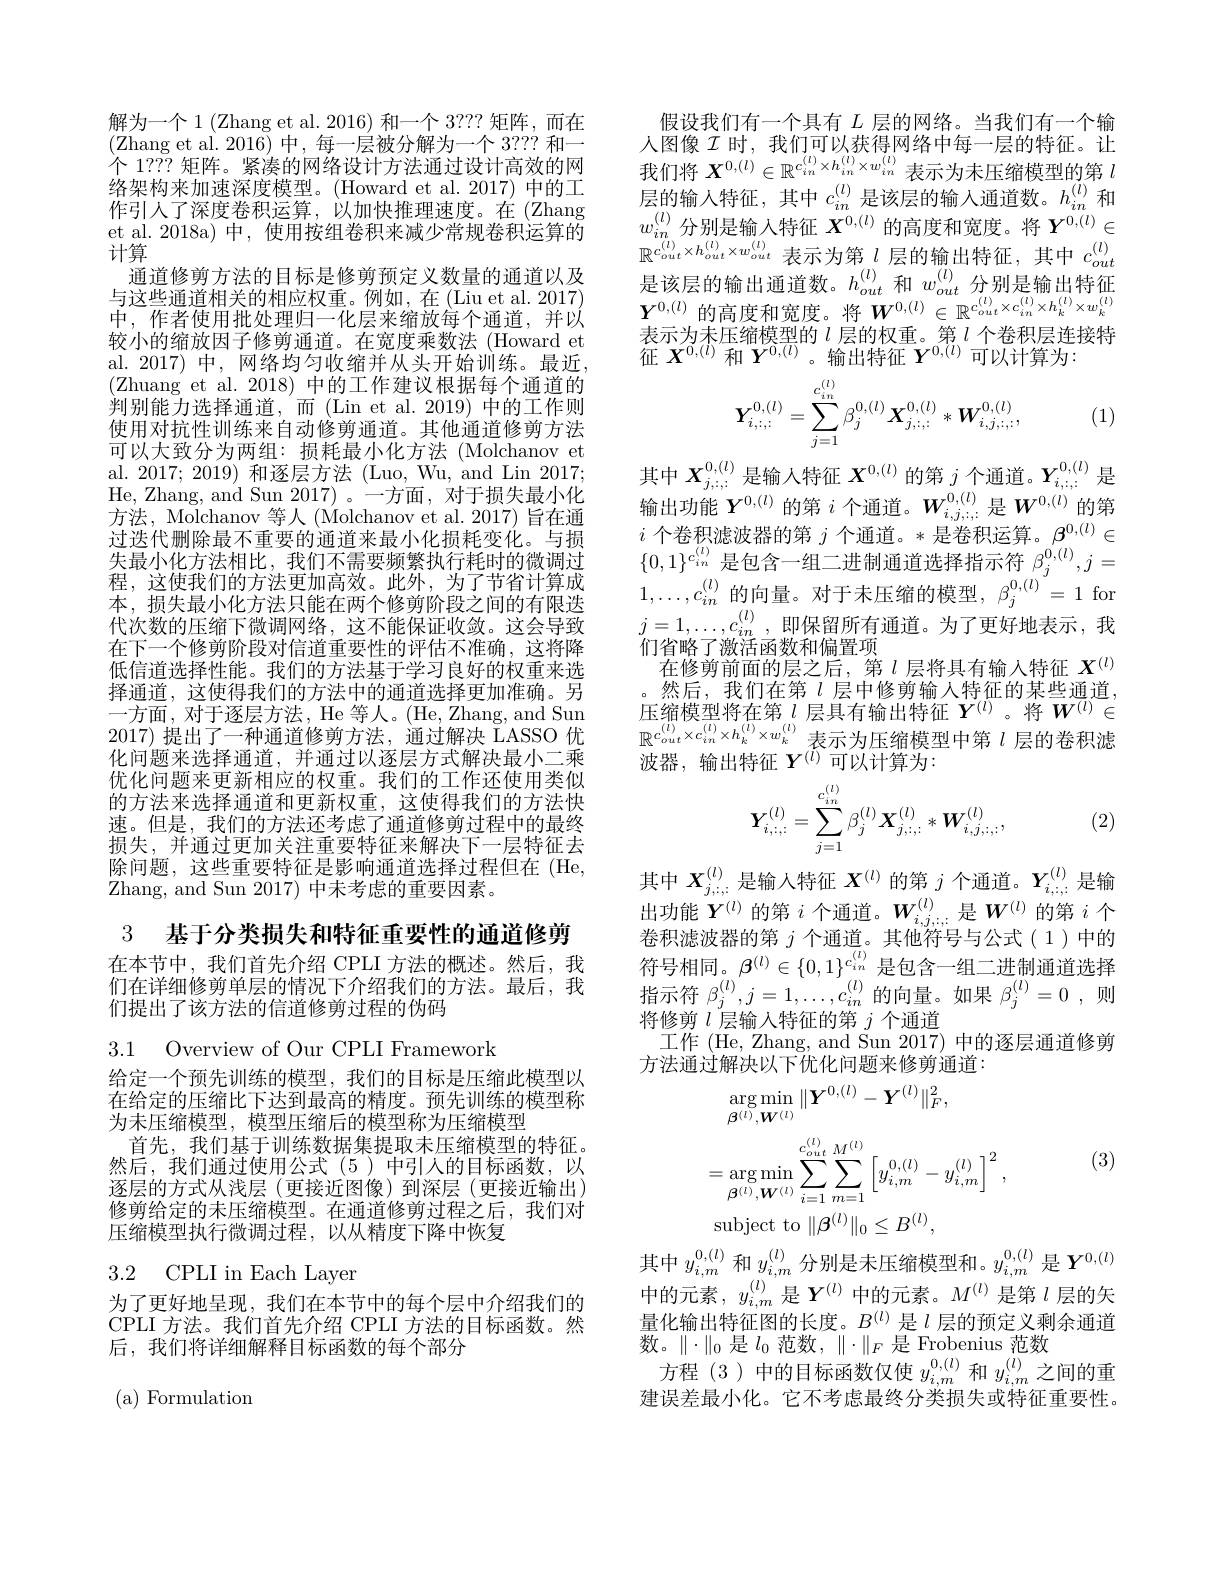
解为一个 1 (Zhang et al. 2016) 和一个 3??? 矩阵，而在(Zhang et al. 2016)中，每一层被分解为一个 3??? 和一个 1??? 矩阵。紧凑的网络设计方法通过设计高效的网络架构来加速深度模型。(Howard et al.2017) 中的工作引人了深度卷积运算，以加快推理速度。在(Zhang et al.2018a)中，使用按组卷积来减少常规卷积运算的计算
通道修剪方法的目标是修剪预定义数量的通道以及与这些通道相关的相应权重。例如，在(Liu et al. 2017) 中，作者使用批处理归一化层来缩放每个通道，并以较小的缩放因子修剪通道。在宽度乘数法 (Howard et al. 2017) 中，网络均匀收缩并从头开始训练。最近(Zhuang et al. 2018)中的工作建议根据每个通道的判别能力选择通道，而(Lin et al.2019)中的工作则使用对抗性训练来自动修剪通道。其他通道修剪方法可以大致分为两组：损耗最小化方法 (Molchanov et al. 2017; 2019) 和逐层方法 (Luo, Wu, and Lin 2017; He, Zhang, and Sun 2017)。一方面，对于损失最小化方法，Molchanov 等人 (Molchanov et al. 2017) 旨在通过迭代删除最不重要的通道来最小化损耗变化。与损失最小化方法相比，我们不需要频繁执行耗时的微调过程，这使我们的方法更加高效。此外，为了节省计算成本，损失最小化方法只能在两个修剪阶段之间的有限选代次数的压缩下微调网络，这不能保证收敛。这会导致在下一个修剪阶段对信道重要性的评估不准确，这将降低信道选择性能。我们的方法基于学习良好的权重来选择通道，这使得我们的方法中的通道选择更加准确。另一方面，对于逐层方法，He 等人。(He, Zhang, and Sun 2017) 提出了一种通道修剪方法，通过解决 LASSO 优化问题来选择通道，并通过以逐层方式解决最小二乘优化问题来更新相应的权重。我们的工作还使用类似的方法来选择通道和更新权重，这使得我们的方法快速。但是，我们的方法还考虑了通道修剪过程中的最终损失，并通过更加关注重要特征来解决下一层特征去除问题，这些重要特征是影响通道选择过程但在 (He, Zhang, and Sun 2017) 中 未 考 虑 的 重 要 因 素 。

3 基于分类损失和特征重要性的通道修剪

在本节中，我们首先介绍 CPLI 方法的概述。然后，我们在详细修剪单层的情况下介绍我们的方法。最后，我们提出了该方法的信道修剪过程的伪码

3.1 Overview of Our CPLI Framework

给定一个预先训练的模型，我们的目标是压缩此模型以在给定的压缩比下达到最高的精度。预先训练的模型称为未压缩模型，模型压缩后的模型称为压缩模型
首先，我们基于训练数据集提取未压缩模型的特征。然后，我们通过使用公式(5)中引人的目标函数，以逐层的方式从浅层(更接近图像)到深层(更接近输出) 修剪给定的未压缩模型。在通道修剪过程之后，我们对压缩模型执行微调过程，以从精度下降中恢复

## 3.2 CPLI in Each Layer

为了更好地呈现，我们在本节中的每个层中介绍我们的CPLI 方法。我们首先介绍 CPLI 方法的目标函数。然后，我们将详细解释目标函数的每个部分

( a) Formulation

假设我们有一个具有$L$层的网络。当我们有一个输人图像$\mathcal{I}$时，我们可以获得网络中每一层的特征。让我们将$X^{0,(l)}\in\mathbb{R}^{c_{in}^{(l)}\times h_{in}^{(l)}\times w_{in}^{(l)}}$表示为未压缩模型的第$l$ 层的输入特征，其中$c_in^{(l)}$是该层的输人通道数。$h_in^{(l)}$和$w_{in}^{(l)}$分别是输入特征$X^0,(l)$的高度和宽度。将$Y^0,(l)\in$ $\mathbb{R}^{c_{out}^{(l)}\times h_{out}^{(l)}\times w_{out}^{(l)}}$表示为第$l$层的输出特征，其中$c_out^{(l)}$ 是该层的输出通道数。$h_out^{(l)}$和$w_out^{(l)}$分别是输出特征$Y^{0,(l)}$的高度和宽度。将$W^{0,(l)}\in\mathbb{R}^{c_{out}^{(l)}\times c_{in}^{(l)}\times h_{k}^{(l)}\times w_{k}^{(l)}}$ 表示为未压缩模型的$l$层的权重。第$l$个卷积层连接特征$X^{0,(l)}$和$Y^{0,(l)}$。输出特征$Y^{0,(l)}$可以计算为：
$$Y_{i,:,:}^{0,(l)}=\sum_{j=1}^{c_{in}^{(l)}}\beta_{j}^{0,(l)}X_{j,:,:}^{0,(l)}*W_{i,j,:,:}^{0,(l)},$$
(1)

其 中 $X_{j, : : }^{0, ( l) }$ 是 输 入 特 征 $X^{0, ( l) }$ 的 第 $j$ 个 通 道 。$Y_{i, : : }^{0, ( l) }$ 是 输 出 功 能 $Y^{0, ( l) }$ 的 第 $i$ 个 通 道 。$W_{i, j, : : }^{0, ( l) }$ 是 $W^{0, ( l) }$ 的 第$i$个卷积滤波器的第$j$个通道。*是卷积运算。$\beta^0,(l)\in$ $\{ 0, 1\} ^{c_{in}^{( l) }}$是 包 含 一 组 二 进 制 通 道 选 择 指 示 符 $\beta _{j}^{0, ( l) }, j=$ $1, \ldots , c_{in}^{( l) }$的 向 量 。对 于 未 压 缩 的 模 型 , $\beta _{j}^{0, ( l) }= 1$ for $j= 1, \ldots , c_{in}^{( l) }$,即 保 留 所 有 通 道 。为 了 更 好 地 表 示 , 我们省略了激活函数和偏置项
在修剪前面的层之后，第$l$ 层将具有输入特征 $X^{(l)}$ 。然后，我们在第$l$层中修剪输入特征的某些通道， 压缩模型将在第$l$层具有输出特征$Y^(l)$。将$W^{(l)}\in$ $\mathbb{R}^{c_{out}^{(l)}\times c_{in}^{(l)}\times h_{k}^{(l)}\times w_{k}^{(l)}}$表示为压缩模型中第$\iota$层的卷积滤波器，输出特征$Y^{(l)}$可以计算为：
$$\boldsymbol{Y}_{i,:,:}^{(l)}=\sum_{j=1}^{c_{in}^{(l)}}\beta_{j}^{(l)}\boldsymbol{X}_{j,:,:}^{(l)}*\boldsymbol{W}_{i,j,:,:}^{(l)},$$
(2)

其中$X_{j,:,:}^{(l)}$是输入特征$X^{(l)}$的第$j$个通道。$Y_{i,:,:}^{(l)}$是输出功能$Y^{(l)}$的第$i$个通道。$W_i,j,:;$是$W^{(l)}$的第$i$个卷积滤波器的第$j$个通道。其他符号与公式(1)中的符号相同。$\beta^{(l)}\in\{0,1\}_{(l)}^{c_{in}^{(l)}}$是包含一组二进制通道选择指示符 $\beta_j^{(l)},j=1,\ldots,c_{in}^{(l)}$的向量。如果 $\beta_j^{(l)}=0$,则将修剪$l$层输入特征的第$j$个通道
工作 (He, Zhang, and Sun 2017) 中的逐层通道修剪
方法通过解决以下优化问题来修剪通道：

(3)
$$\begin{aligned}&\arg\min_{\boldsymbol{\beta}^{(l)},\boldsymbol{W}^{(l)}}\|\boldsymbol{Y}^{0,(l)}-\boldsymbol{Y}^{(l)}\|_{F}^{2},\\&=\arg\min_{\boldsymbol{\beta}^{(l)},\boldsymbol{W}^{(l)}}\sum_{i=1}^{c_{out}^{(l)}}\sum_{m=1}^{(l)}\left[y_{i,m}^{0,(l)}-y_{i,m}^{(l)}\right]^{2},\\&\mathrm{subject~to}\:\|\beta^{(l)}\|_{0}\leq B^{(l)},\end{aligned}$$
其中$y_i,m^{0,(l)}$和$y_i,m^{(l)}$分别是未压缩模型和。$y_i,m^{0,(l)}$是$Y^{0,(l)}$

中的元素$,y_i,m^{(l)}$是$Y^{(l)}$中的元素。$M^{(l)}$是第$l$层的矢量化输出特征图的长度。$B^{(l)}$是$l$层的预定义剩余通道数。$\|\cdot\|_0$是$l_0$范数，$\|\cdot\|_F$是 Frobenius 范数
方程(3)中的目标函数仅使$y_i,m^{0,(l)}$和$y_i,m^{(l)}$之间的重建误差最小化。它不考虑最终分类损失或特征重要性。